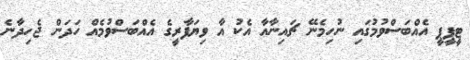
ޓީޕީޕީ އެއްބަސްވުމުގައި ނުހިމެނޭ ޗައިނާއާ އެކު އާ ވިޔަފާރީގެ އެއްބަސްވުމެއް ހަދަން ޖެހިދާނެ